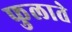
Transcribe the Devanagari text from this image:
फुलाते